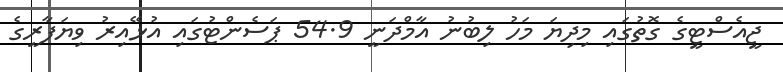
ޖީއެސްޓީގެ ގޮތުގައި މިދިޔަ މަހު ލިބުނު އާމްދަނީ 54.9 ޕަސެންޓުގައި އުޅޭއިރު ވިޔަފާރީގެ